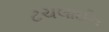
ટચલાઈન